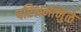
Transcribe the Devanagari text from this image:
परिश्रमांमुळे